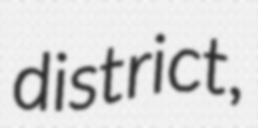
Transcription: district,